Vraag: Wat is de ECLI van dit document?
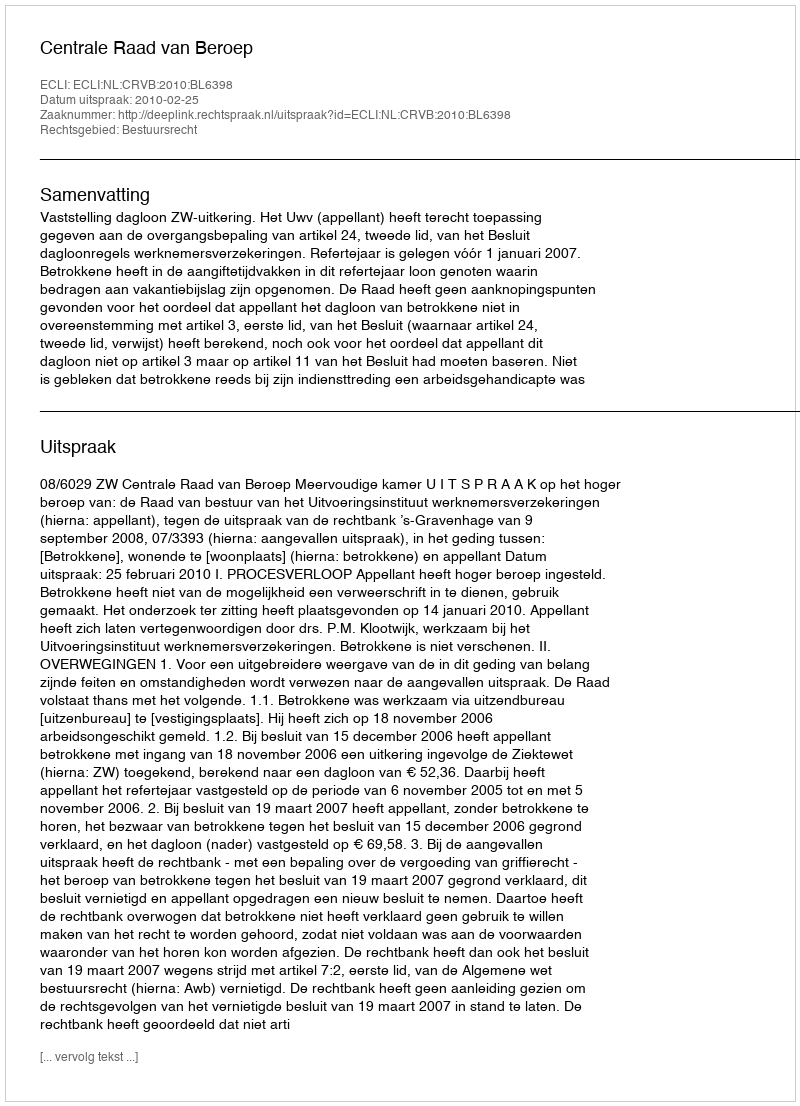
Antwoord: ECLI:NL:CRVB:2010:BL6398